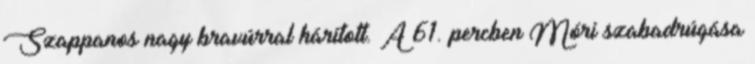
Szappanos nagy bravúrral hárított. A 61. percben Móri szabadrúgása